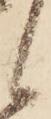
候